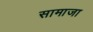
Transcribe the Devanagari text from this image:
सामाजा